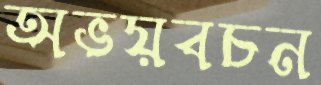
অভয়বচন